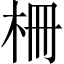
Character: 柵